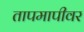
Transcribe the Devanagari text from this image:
तापमापीवर